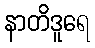
နာတိဒူရေ